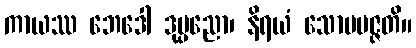
ကာယဿ ဘေဒေါ ဒုပ္ပညော၊ နိရယံ သောပပဇ္ဇတိ။